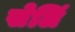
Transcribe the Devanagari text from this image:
सेलिं